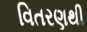
વિતરણથી